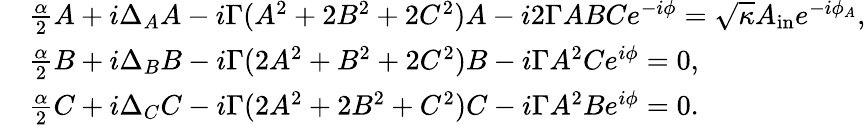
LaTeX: \begin{array}{rl}&{\frac{\alpha}{2}A+i\Delta_{A}A-i\Gamma(A^{2}+2B^{2}+2C^{2})A-i2\Gamma ABCe^{-i\phi}=\sqrt{\kappa}A_{\mathrm{in}}e^{-i\phi_{A}},}\\ &{\frac{\alpha}{2}B+i\Delta_{B}B-i\Gamma(2A^{2}+B^{2}+2C^{2})B-i\Gamma A^{2}Ce^{i\phi}=0,}\\ &{\frac{\alpha}{2}C+i\Delta_{C}C-i\Gamma(2A^{2}+2B^{2}+C^{2})C-i\Gamma A^{2}Be^{i\phi}=0.}\end{array}